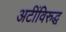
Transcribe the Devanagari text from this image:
अटींविरुद्ध